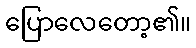
ပြောလေတော့၏။